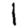
Digit: 1